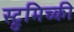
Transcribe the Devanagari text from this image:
स्ट्रुमिच्की